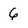
Character: 6